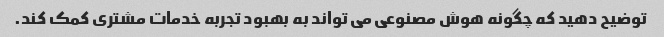
توضیح دهید که چگونه هوش مصنوعی می تواند به بهبود تجربه خدمات مشتری کمک کند.